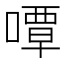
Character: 嘾